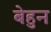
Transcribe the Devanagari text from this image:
बेहुन